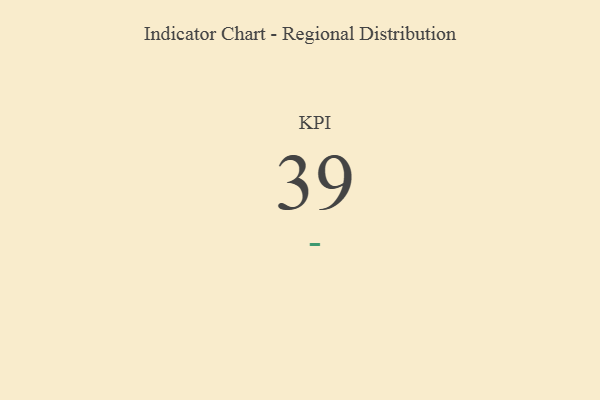
{"axis": {"x": "KPI", "y": "Value"}, "legend": [""], "data": [{"x": "KPI", "y": 39, "type": ""}]}